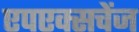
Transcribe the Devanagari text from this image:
एपएक्सचेंज